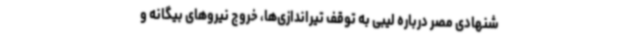
شنهادی مصر درباره لیبی به توقف تیراندازی‌ها، خروج نیروهای بیگانه و